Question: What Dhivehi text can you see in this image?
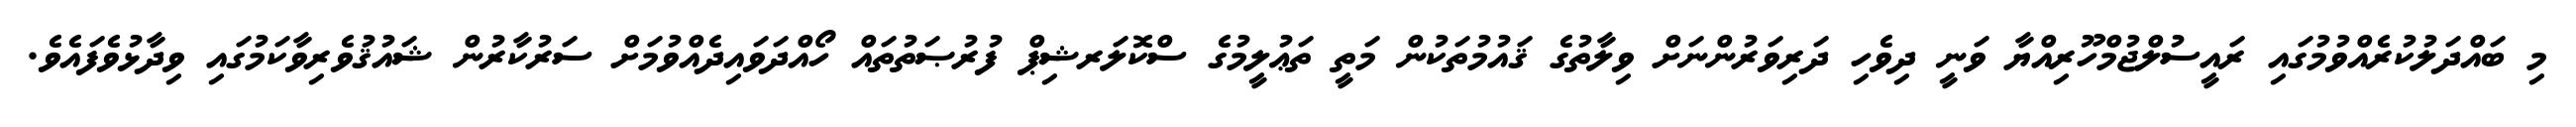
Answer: މި ބައްދަލުކުރެއްވުމުގައި ރައީސުލްޖުމްހޫރިއްޔާ ވަނީ ދިވެހި ދަރިވަރުންނަށް ވިލާތުގެ ޤައުމުތަކުން މަތީ ތަޢުލީމުގެ ސްކޮލަރޝިޕް ފުރުޞަތުތައް ހޯއްދަވައިދެއްވުމަށް ސަރުކާރުން ޝައުޤުވެރިވާކަމުގައި ވިދާޅުވެފައެވެ.